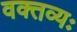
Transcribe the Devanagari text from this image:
वक्तव्यः